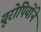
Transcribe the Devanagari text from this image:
यूरोपियोंने